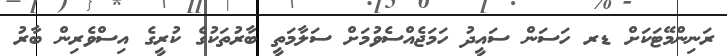
ރަނިންމޭޓަކަށް ޑރ ހަސަން ސައީދު ހަމަޖެއްސެވުމަށް ސަލާމަތީ ބާރުތަކުގެ ކުރީގެ އިސްވެރިން ބާރު